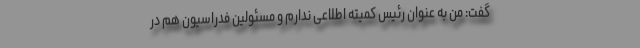
گفت: من به عنوان رئیس کمیته اطلاعی ندارم و مسئولین فدراسیون هم در